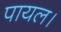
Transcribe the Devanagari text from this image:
पायल।